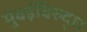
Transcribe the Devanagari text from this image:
मुंबईविरुद्ध